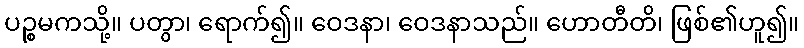
ပဉ္စမကသို့။ ပတွာ၊ ရောက်၍။ ဝေဒနာ၊ ဝေဒနာသည်။ ဟောတီတိ၊ ဖြစ်၏ဟူ၍။